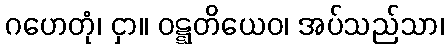
ဂဟေတုံ၊ ငှာ။ ဝဋ္ဋတိယေဝ၊ အပ်သည်သာ၊